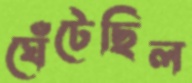
ঘেঁটেছিল